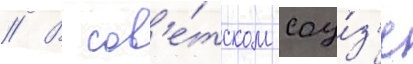
// В сов'е́тском соу́з'е